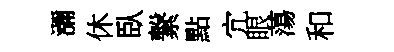
瀰休臥繋點宂眼蕩和